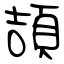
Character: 頡